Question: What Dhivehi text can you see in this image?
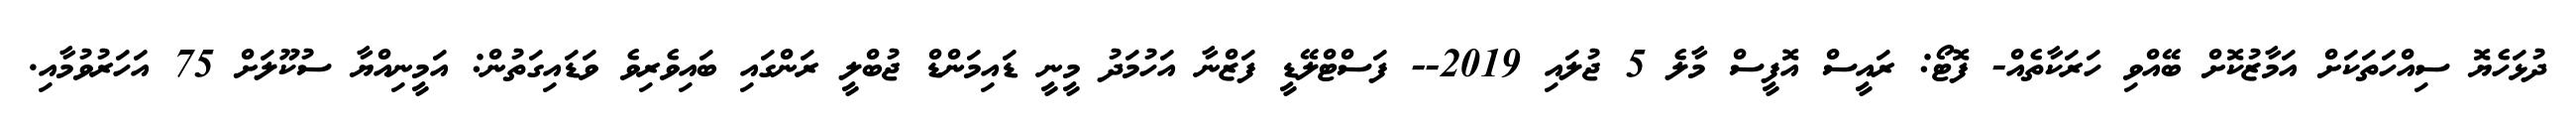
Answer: ދުޅަހެޔޮ ސިއްހަތަކަށް އަމާޒުކޮށް ބޭއްވި ހަރަކާތެއް- ފޮޓޯ: ރައީސް އޮފީސް މާލެ 5 ޖުލައި 2019-- ފަސްޓްލޭޑީ ފަޒްނާ އަހުމަދު މީނީ ޑައިމަންޑް ޖުބްލީ ރަންގައި ބައިވެރިވެ ވަޑައިގަތުން: އަމީނިއްޔާ ސުކޫލަށް 75 އަހަރުވުމާއި.